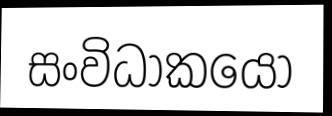
සංවිධාකයෝ